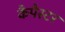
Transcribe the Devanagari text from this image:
कैपैस्टर